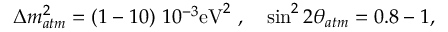
\Delta m _ { a t m } ^ { 2 } = ( 1 - 1 0 ) ~ 1 0 ^ { - 3 } \mathrm { e V } ^ { 2 } ~ , ~ ~ ~ \sin ^ { 2 } 2 \theta _ { a t m } = 0 . 8 - 1 ,